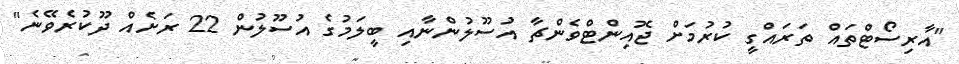
"އާރިސޯޓްތައް ތަރައްގީ ކުރުމަށް ޖޮއިންޓްވެންޗާ އުސޫލުންނާއި ބީލަމުގެ އުސޫލުން 22 ރަށެއް ދޫކުރެވޭނެ"